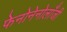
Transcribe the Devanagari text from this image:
फेनोनेनोलाँजी